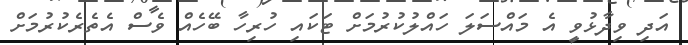
އަދި ވިދާޅުވީ އެ މައްސަލަ ހައްލުކުރުމަށް ޓަކައި ހުރިހާ ބޭހެއް ވެސް އެތެރެކުރުމަށް